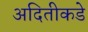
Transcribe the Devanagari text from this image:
अदितीकडे